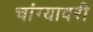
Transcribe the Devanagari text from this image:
चांग्यावरी